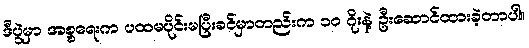
ဒီပွဲမှာ အစ္စရေးက ပထမပိုင်းမပြီးခင်မှာတည်းက ၁၀ ဂိုးနဲ့ ဦးဆောင်ထားခဲ့တာပါ။